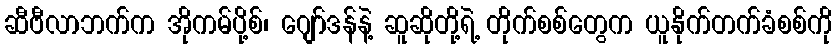
ဆီဗီလာဘက်က အိုကမ်ပို့စ်၊ ဂျော်ဒန်နဲ့ ဆူဆိုတို့ရဲ့ တိုက်စစ်တွေက ယူနိုက်တက်ခံစစ်ကို